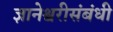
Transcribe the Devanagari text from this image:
ज्ञानेश्वरीसंबंधी